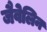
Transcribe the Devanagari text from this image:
जैवेलिन